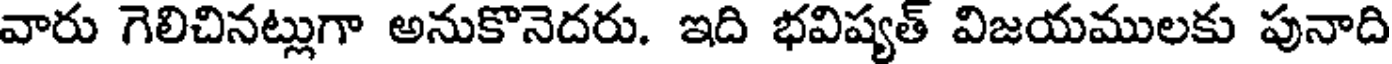
వారు గెలిచినట్లుగా అనుకొనెదరు. ఇది భవిష్యత్ విజయములకు పునాది